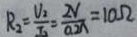
R _ { 2 } = \frac { V _ { 2 } } { I _ { 2 } } = \frac { 2 V } { 0 . 2 A } = 1 0 \Omega